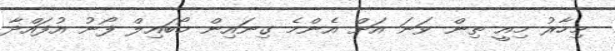
މިހާރު މިއީ ތިން ވަނަ އަށް އެންމެ ގިނައިން މޯބައިލް ފޯނު އުފައްދާ